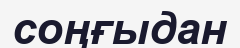
соңғыдан